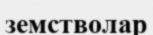
земстволар